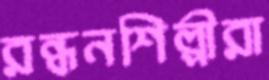
রন্ধনশিল্পীরা